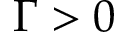
\Gamma > 0